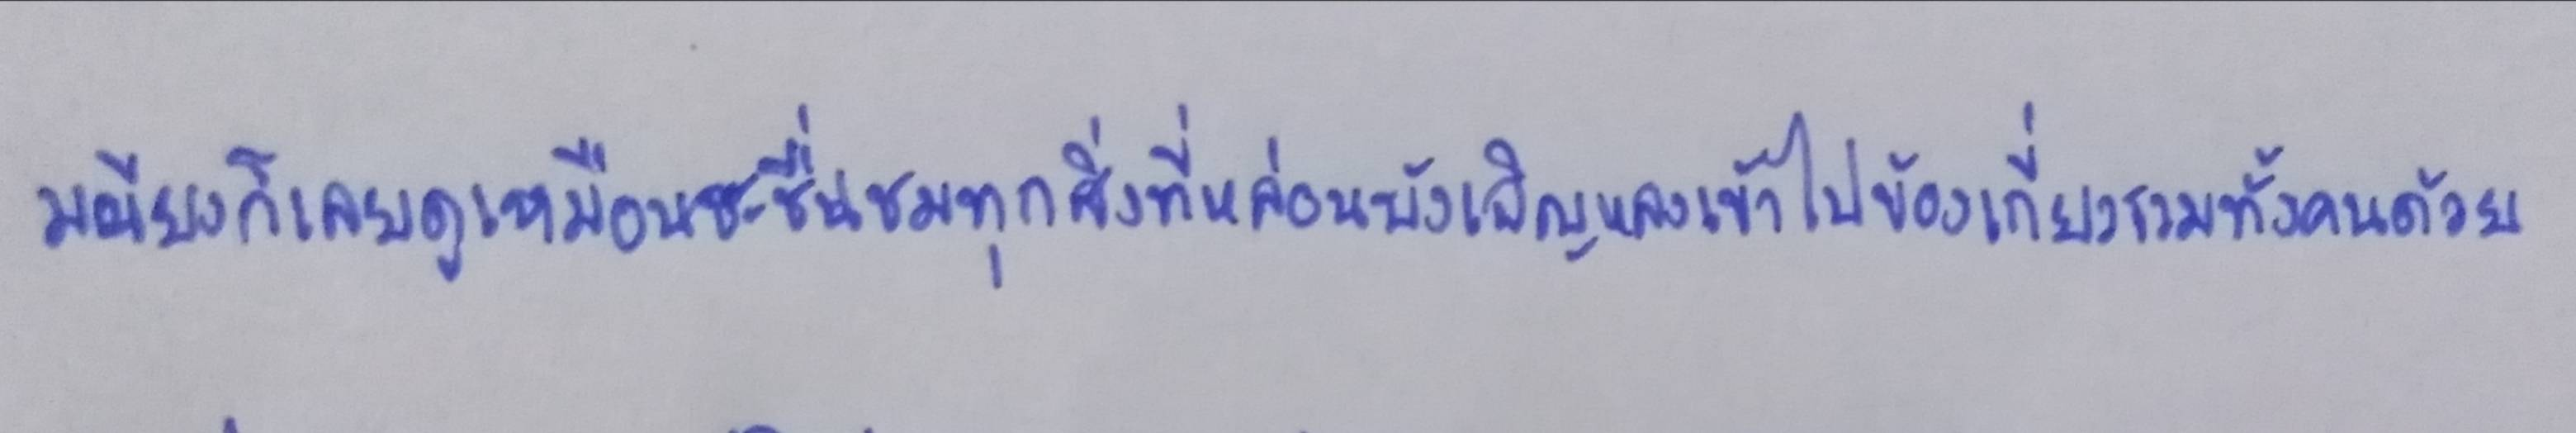
มณียงก็เลยดูเหมือนจะชื่นชมทุกสิ่งที่หล่อนบังเอิญหลงเข้าไปข้องเกี่ยวรวมทั้งคนด้วย